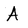
Character: A